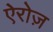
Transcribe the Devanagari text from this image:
ऐरोज़